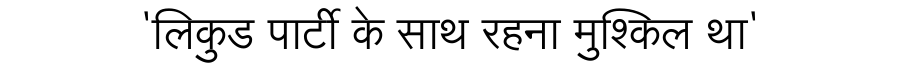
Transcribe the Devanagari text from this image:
'लिकुड पार्टी के साथ रहना मुश्किल था'